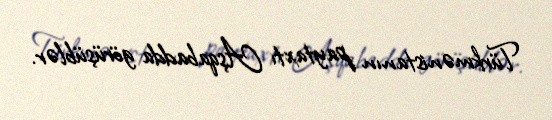
Türkmənistanın paytaxtı Aşqabadda görüşüblər.